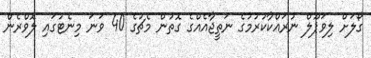
ގޯލަށް ލިވަޕޫލް ނުރައްކާކުރުމުގެ ނަތީޖާއެއްގެ ގޮތުން މެޗުގެ 40 ވަނަ މިނެޓުގައި ލޮވްރެން